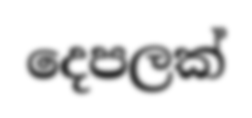
දෙපලක්